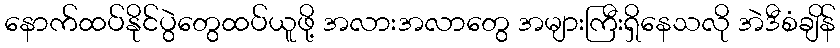
နောက်ထပ်နိုင်ပွဲတွေထပ်ယူဖို့ အလားအလာတွေ အများကြီးရှိနေသလို အဲဒီစံချိန်